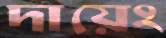
দায়েং